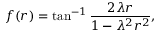
f ( r ) = \tan ^ { - 1 } \frac { 2 \lambda r } { 1 - \lambda ^ { 2 } r ^ { 2 } } ,